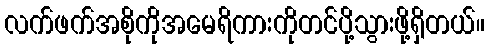
လက်ဖက်အစိုကိုအမေရိကားကိုတင်ပို့သွားဖို့ရှိတယ်။